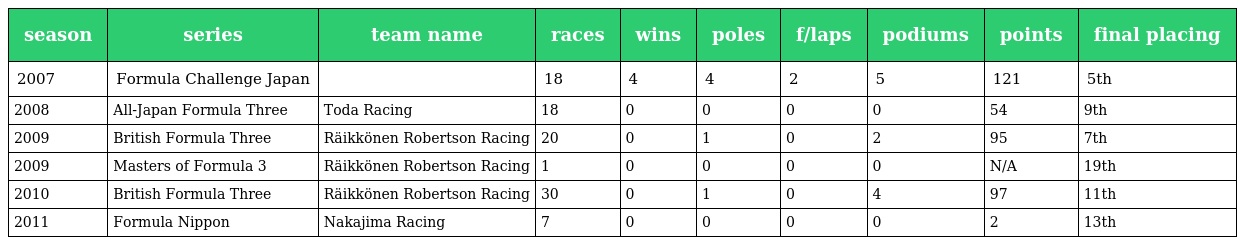
| season | series | team name | races | wins | poles | f/laps | podiums | points | final placing |
 | --- | --- | --- | --- | --- | --- | --- | --- | --- | --- |
 | 2007 | Formula Challenge Japan |  | 18 | 4 | 4 | 2 | 5 | 121 | 5th |
 | 2008 | All-Japan Formula Three | Toda Racing | 18 | 0 | 0 | 0 | 0 | 54 | 9th |
 | 2009 | British Formula Three | Räikkönen Robertson Racing | 20 | 0 | 1 | 0 | 2 | 95 | 7th |
 | 2009 | Masters of Formula 3 | Räikkönen Robertson Racing | 1 | 0 | 0 | 0 | 0 | N/A | 19th |
 | 2010 | British Formula Three | Räikkönen Robertson Racing | 30 | 0 | 1 | 0 | 4 | 97 | 11th |
 | 2011 | Formula Nippon | Nakajima Racing | 7 | 0 | 0 | 0 | 0 | 2 | 13th |